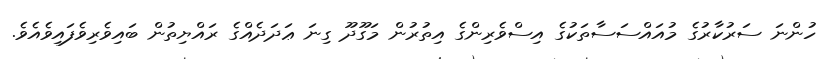
ހުންނަ ސަރުކާރުގެ މުއައްސަސާތަކުގެ އިސްވެރިންގެ އިތުރުން މަގޫދޫ ގިނަ ޢަދަދެއްގެ ރައްޔިތުން ބައިވެރިވެފައިވެއެވެ.